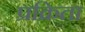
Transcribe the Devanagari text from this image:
प्रक्रिता